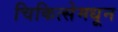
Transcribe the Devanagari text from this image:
चिकित्सेमधून